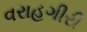
વરાહગીરી